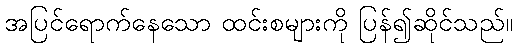
အပြင်ရောက်နေသော ထင်းစများကို ပြန်၍ဆိုင်သည်။